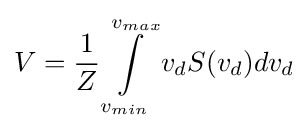
V={\frac {1}{Z}}\int \limits _{v_{min}}^{v_{max}}v_{d}S(v_{d})dv_{d}